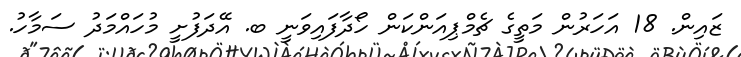
ޒައިން. 18 އަހަރުން މަތީގެ ޗެމްޕިއަންކަން ހޯދާފައިވަނީ ބ. އޭދަފުށީ މުހައްމަދު ސަމާހު.